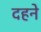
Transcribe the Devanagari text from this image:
दहने